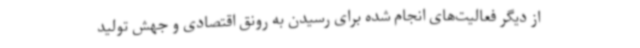
از دیگر فعالیت‌های انجام شده برای رسیدن به رونق اقتصادی و جهش تولید